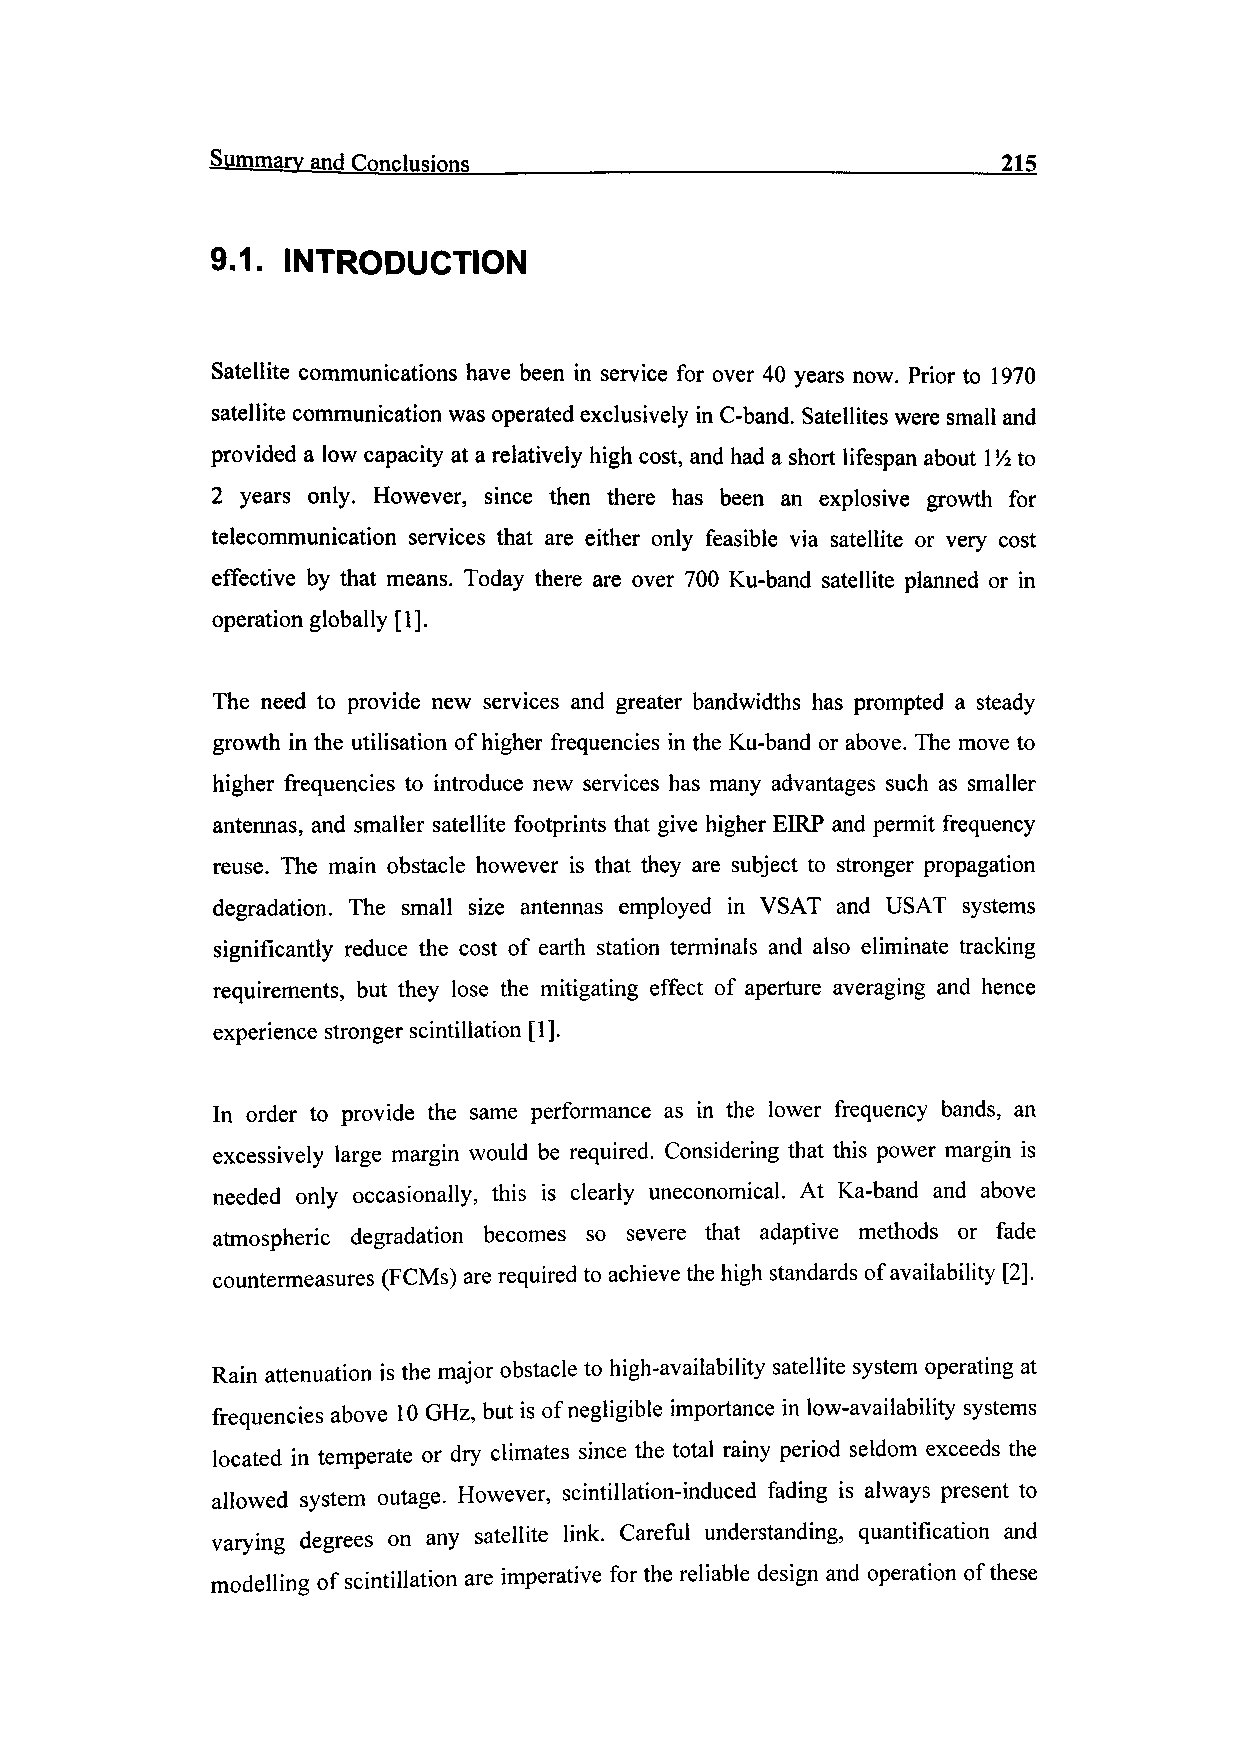
Summary and Conclusions______________________________ 215
 9.1. INTRODUCTION
 Satellite communications have been in service for over 40 years now. Prior to 1970
 satellite communication was operated exclusively in C-band. Satellites were small and
 provided a low capacity at a relatively high cost, and had a short lifespan about 1 '/2 to
 2 years only. However, since then there has been an explosive growth for
 telecommunication services that are either only feasible via satellite or very cost
 effective by that means. Today there are over 700 Ku-band satellite planned or in
 operation globally [1].
 The need to provide new services and greater bandwidths has prompted a steady
 growth in the utilisation of higher frequencies in the Ku-band or above. The move to
 higher frequencies to introduce new services has many advantages such as smaller
 antennas, and smaller satellite footprints that give higher EIRP and permit frequency
 reuse. The main obstacle however is that they are subject to stronger propagation
 degradation. The small size antennas employed in VSAT and USAT systems
 significantly reduce the cost of earth station terminals and also eliminate tracking
 requirements, but they lose the mitigating effect of aperture averaging and hence
 experience stronger scintillation [1].
 In order to provide the same performance as in the lower frequency bands, an
 excessively large margin would be required. Considering that this power margin is
 needed only occasionally, this is clearly uneconomical. At Ka-band and above
 atmospheric degradation becomes so severe that adaptive methods or fade
 counter-measures (FCMs) are required to achieve the high standards of availability [2].
 Rain attenuation is the major obstacle to high-availability satellite system operating at
 frequencies above 10 GHz, but is of negligible importance in low-availability systems
 located in temperate or dry climates since the total rainy period seldom exceeds the
 allowed system outage. However, scintillation-induced fading is always present to
 varying degrees on any satellite link. Careful understanding, quantification and
 modelling of scintillation are imperative for the reliable design and operation of these